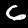
Digit: 6